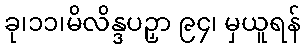
ခု၊၁၁၊မိလိန္ဒပဉှာ ၉၄၊ မှယူရန်